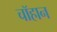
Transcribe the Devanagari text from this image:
चॉहान